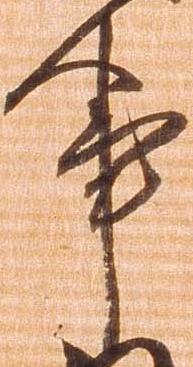
事